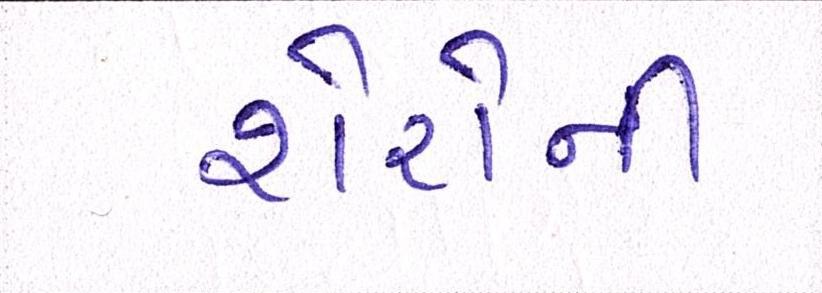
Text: શેરોની